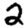
Digit: 2